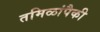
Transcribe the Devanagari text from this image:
तमिळांपैकी